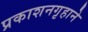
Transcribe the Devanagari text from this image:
प्रकाशनगृहाने